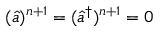
\begin{array} { r } { ( \hat { a } ) ^ { n + 1 } = ( \hat { a } ^ { \dagger } ) ^ { n + 1 } = 0 } \end{array}